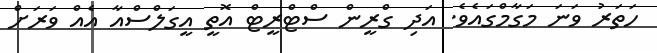
ހަތަރު ވަނަ މަގާމްގައެވެ. އަދި ގްރީން ސްޓްރީޓް އޮތީ އީގަލްސްއާ އެއް ވަރަށް